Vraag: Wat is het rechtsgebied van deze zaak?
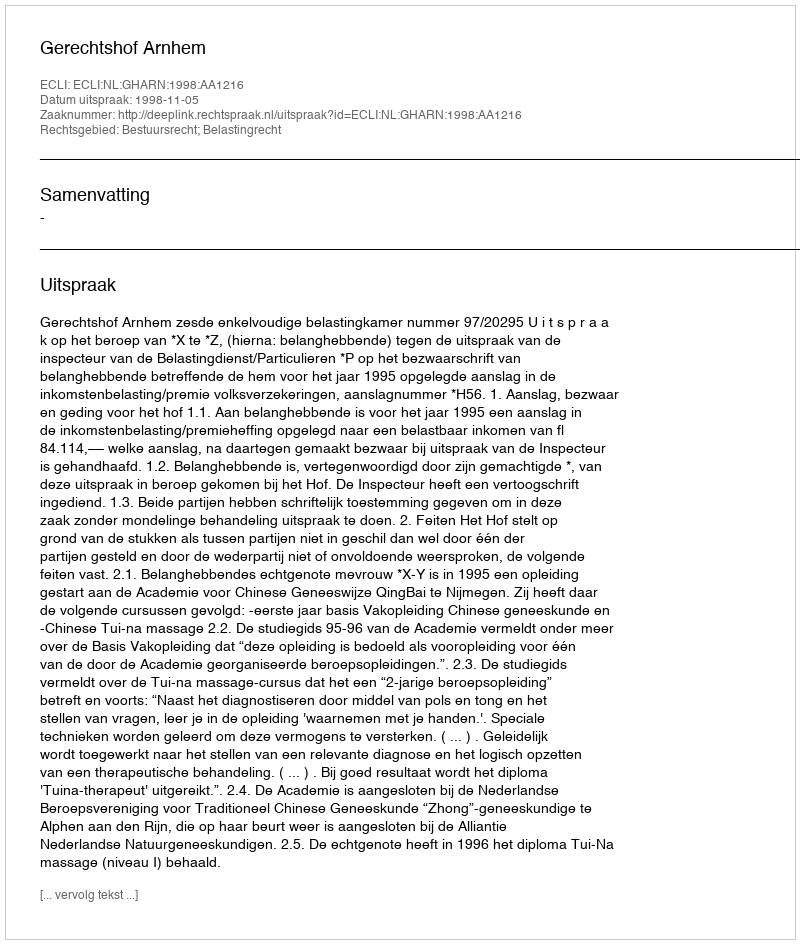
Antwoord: Bestuursrecht; Belastingrecht